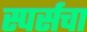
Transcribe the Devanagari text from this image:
स्पर्सचा